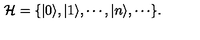
{ \cal H } = \{ | 0 \rangle , | 1 \rangle , \cdots , | n \rangle , \cdots \} .